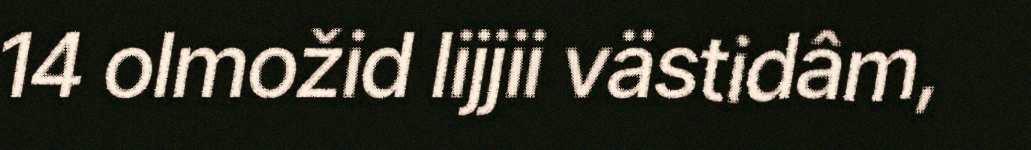
14 olmožid lijjii västidâm,